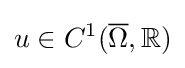
u\in C^{1}({\overline {\Omega }},\mathbb {R} )